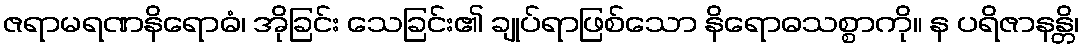
ဇရာမရဏနိရောဓံ၊ အိုခြင်း သေခြင်း၏ ချုပ်ရာဖြစ်သော နိရောဓသစ္စာကို။ န ပရိဇာနန္တိ၊